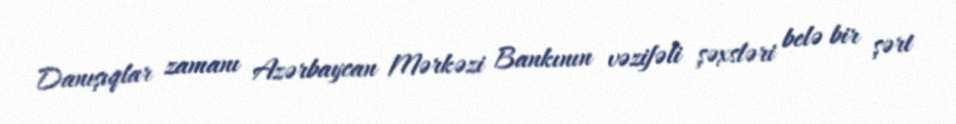
Danışıqlar zamanı Azərbaycan Mərkəzi Bankının vəzifəli şəxsləri belə bir şərt